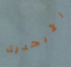
الأبجدية